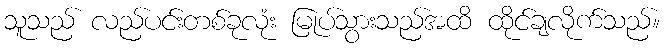
သူသည် လည်ပင်းတစ်ခုလုံး မြုပ်သွားသည်အထိ ထိုင်ချလိုက်သည်။